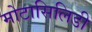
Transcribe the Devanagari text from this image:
मोटासिलिडी